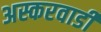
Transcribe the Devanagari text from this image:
अस्करवाडी